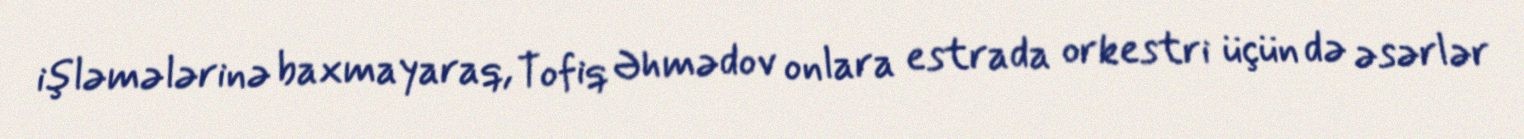
işləmələrinə baxmayaraq, Tofiq Əhmədov onlara estrada orkestri üçün də əsərlər